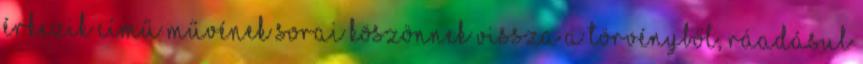
érkezik című művének sorai köszönnek vissza a törvényből, ráadásul